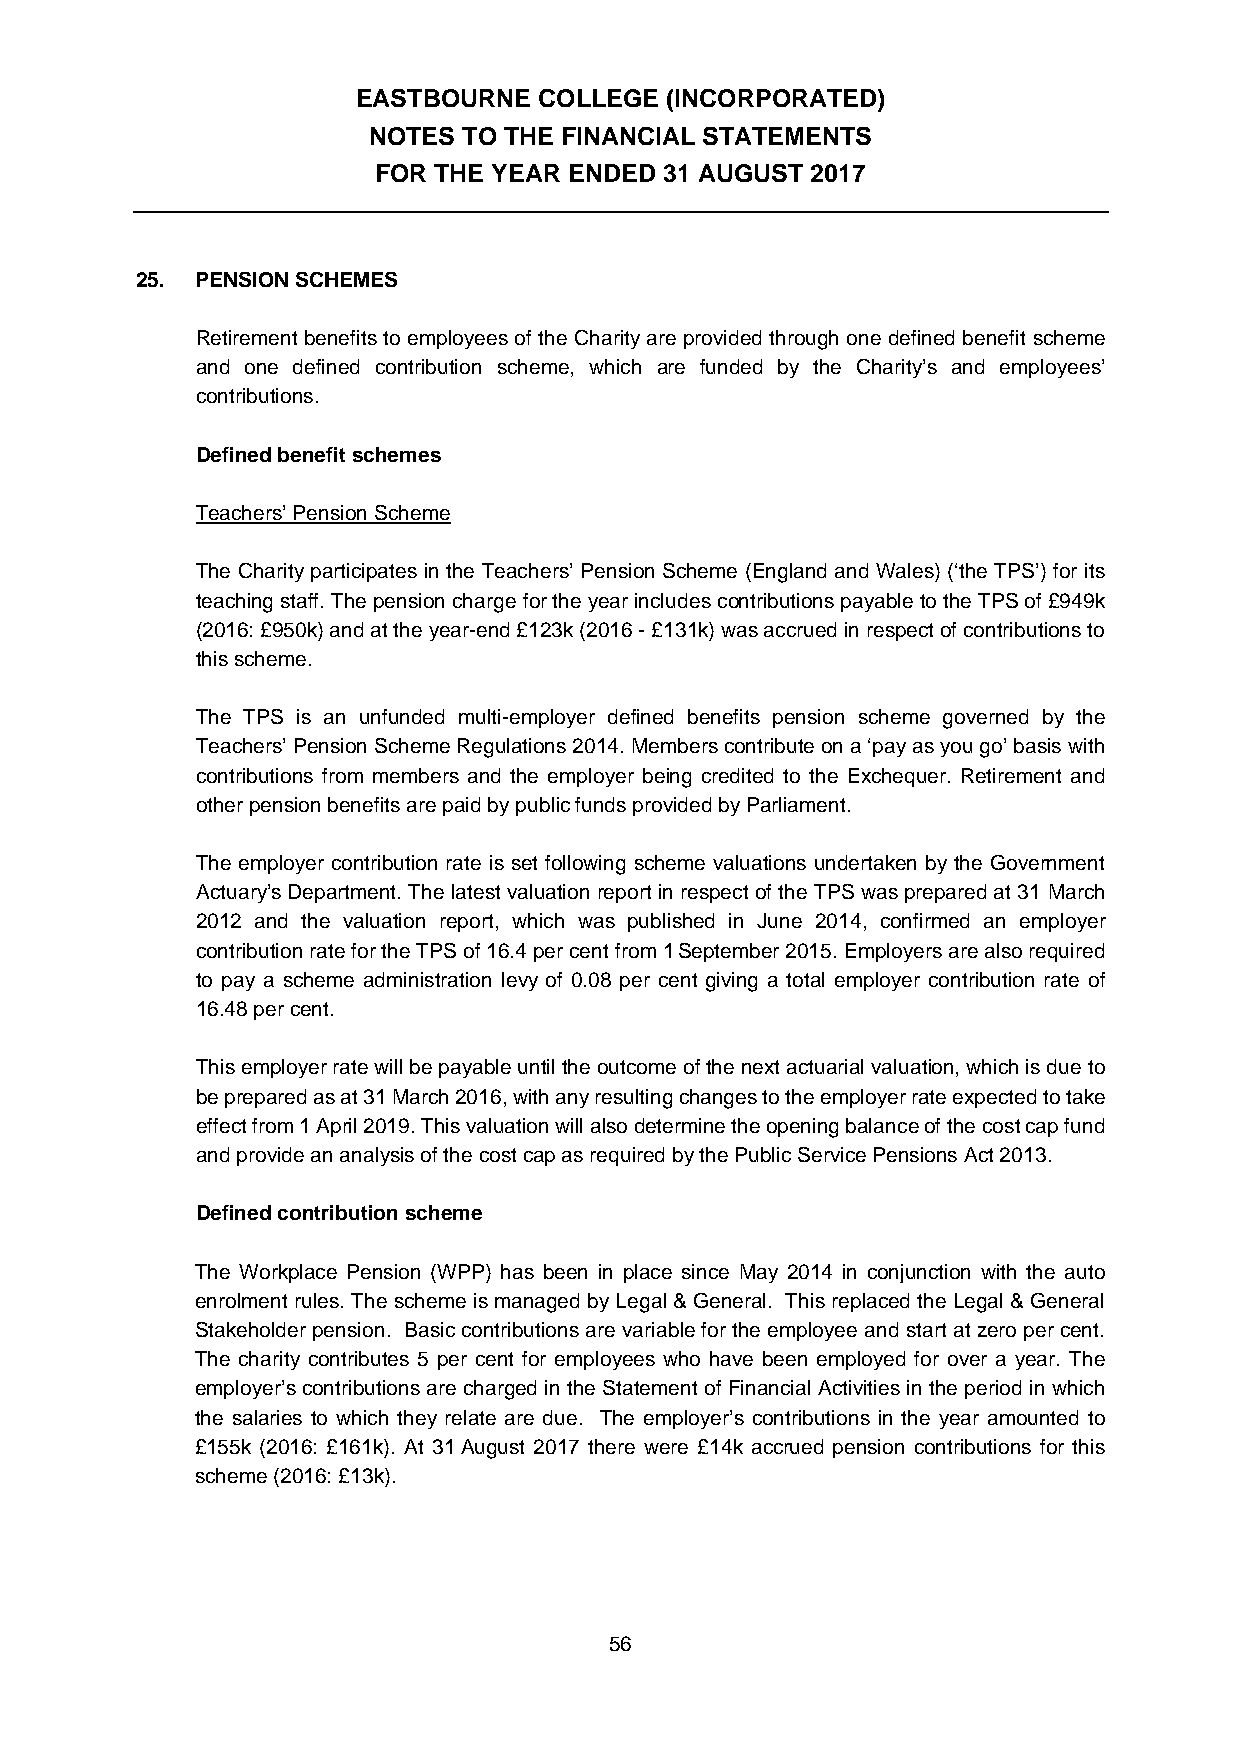
EASTBOURNE  COLLEGE (INCORPORATED)
 NOTES  TO THE FINANCIAL STATEMENTS
 FOR THE YEAR ENDED 31 AUGUST 2017
 25. PENSION SCHEMES
 Retirement benefits to employees of the Charity are provided through one defined benefit scheme
 and one defined contribution scheme, which are funded by the Charity’s and employees’
 contributions.
 Defined benefit schemes
 Teachers’ Pension Scheme
 The Charity participates in the Teachers’ Pension Scheme (England and Wales) (‘the TPS’) for its
 teaching staff. The pension charge for the year includes contributions payable to the TPS of £949k
 (2016: £950k) and at the year-end £123k (2016 - £131k) was accrued in respect of contributions to
 this scheme.
 The TPS is an unfunded multi-employer defined benefits pension scheme governed by the
 Teachers’ Pension Scheme Regulations 2014. Members contribute on a ‘pay as you go’ basis with
 contributions from members and the employer being credited to the Exchequer. Retirement and
 other pension benefits are paid by public funds provided by Parliament.
 The employer contribution rate is set following scheme valuations undertaken by the Government
 Actuary’s Department. The latest valuation report in respect of the TPS was prepared at 31 March
 2012 and the valuation report, which was published in June 2014, confirmed an employer
 contribution rate for the TPS of 16.4 per cent from 1 September 2015. Employers are also required
 to pay a scheme administration levy of 0.08 per cent giving a total employer contribution rate of
 16.48 per cent.
 This employer rate will be payable until the outcome of the next actuarial valuation, which is due to
 be prepared as at 31 March 2016, with any resulting changes to the employer rate expected to take
 effect from 1 April 2019. This valuation will also determine the opening balance of the cost cap fund
 and provide an analysis of the cost cap as required by the Public Service Pensions Act 2013.
 Defined contribution scheme
 The Workplace Pension (WPP) has been in place since May 2014 in conjunction with the auto
 enrolment rules. The scheme is managed by Legal & General. This replaced the Legal & General
 Stakeholder pension. Basic contributions are variable for the employee and start at zero per cent.
 The charity contributes 5 per cent for employees who have been employed for over a year. The
 employer’s contributions are charged in the Statement of Financial Activities in the period in which
 the salaries to which they relate are due. The employer’s contributions in the year amounted to
 £155k (2016: £161k). At 31 August 2017 there were £14k accrued pension contributions for this
 scheme (2016: £13k).
 56